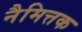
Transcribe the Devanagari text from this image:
नैमित्तक